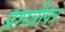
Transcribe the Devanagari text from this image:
प्रश्स्त्रीपत्र